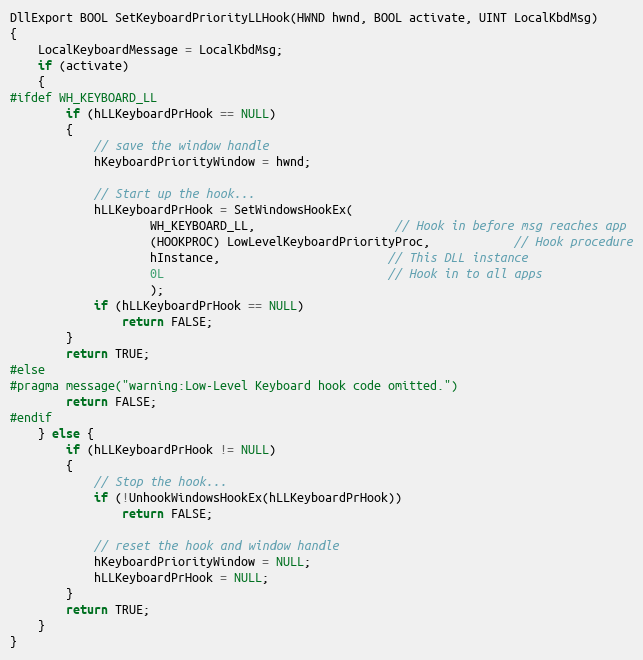
Language: C++
DllExport BOOL SetKeyboardPriorityLLHook(HWND hwnd, BOOL activate, UINT LocalKbdMsg)
{
	LocalKeyboardMessage = LocalKbdMsg;
	if (activate)
	{
#ifdef WH_KEYBOARD_LL
		if (hLLKeyboardPrHook == NULL)
		{
			// save the window handle
			hKeyboardPriorityWindow = hwnd;

			// Start up the hook...
			hLLKeyboardPrHook = SetWindowsHookEx(
					WH_KEYBOARD_LL,					// Hook in before msg reaches app
					(HOOKPROC) LowLevelKeyboardPriorityProc,			// Hook procedure
					hInstance,						// This DLL instance
					0L								// Hook in to all apps
					);
			if (hLLKeyboardPrHook == NULL)
				return FALSE;
		}
		return TRUE;
#else
#pragma message("warning:Low-Level Keyboard hook code omitted.")
		return FALSE;
#endif
	} else {
		if (hLLKeyboardPrHook != NULL)
		{
			// Stop the hook...
			if (!UnhookWindowsHookEx(hLLKeyboardPrHook))
				return FALSE;

			// reset the hook and window handle
			hKeyboardPriorityWindow = NULL;
			hLLKeyboardPrHook = NULL;
		}
		return TRUE;
	}
}